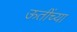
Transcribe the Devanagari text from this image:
ऊतींच्या